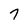
Character: 7